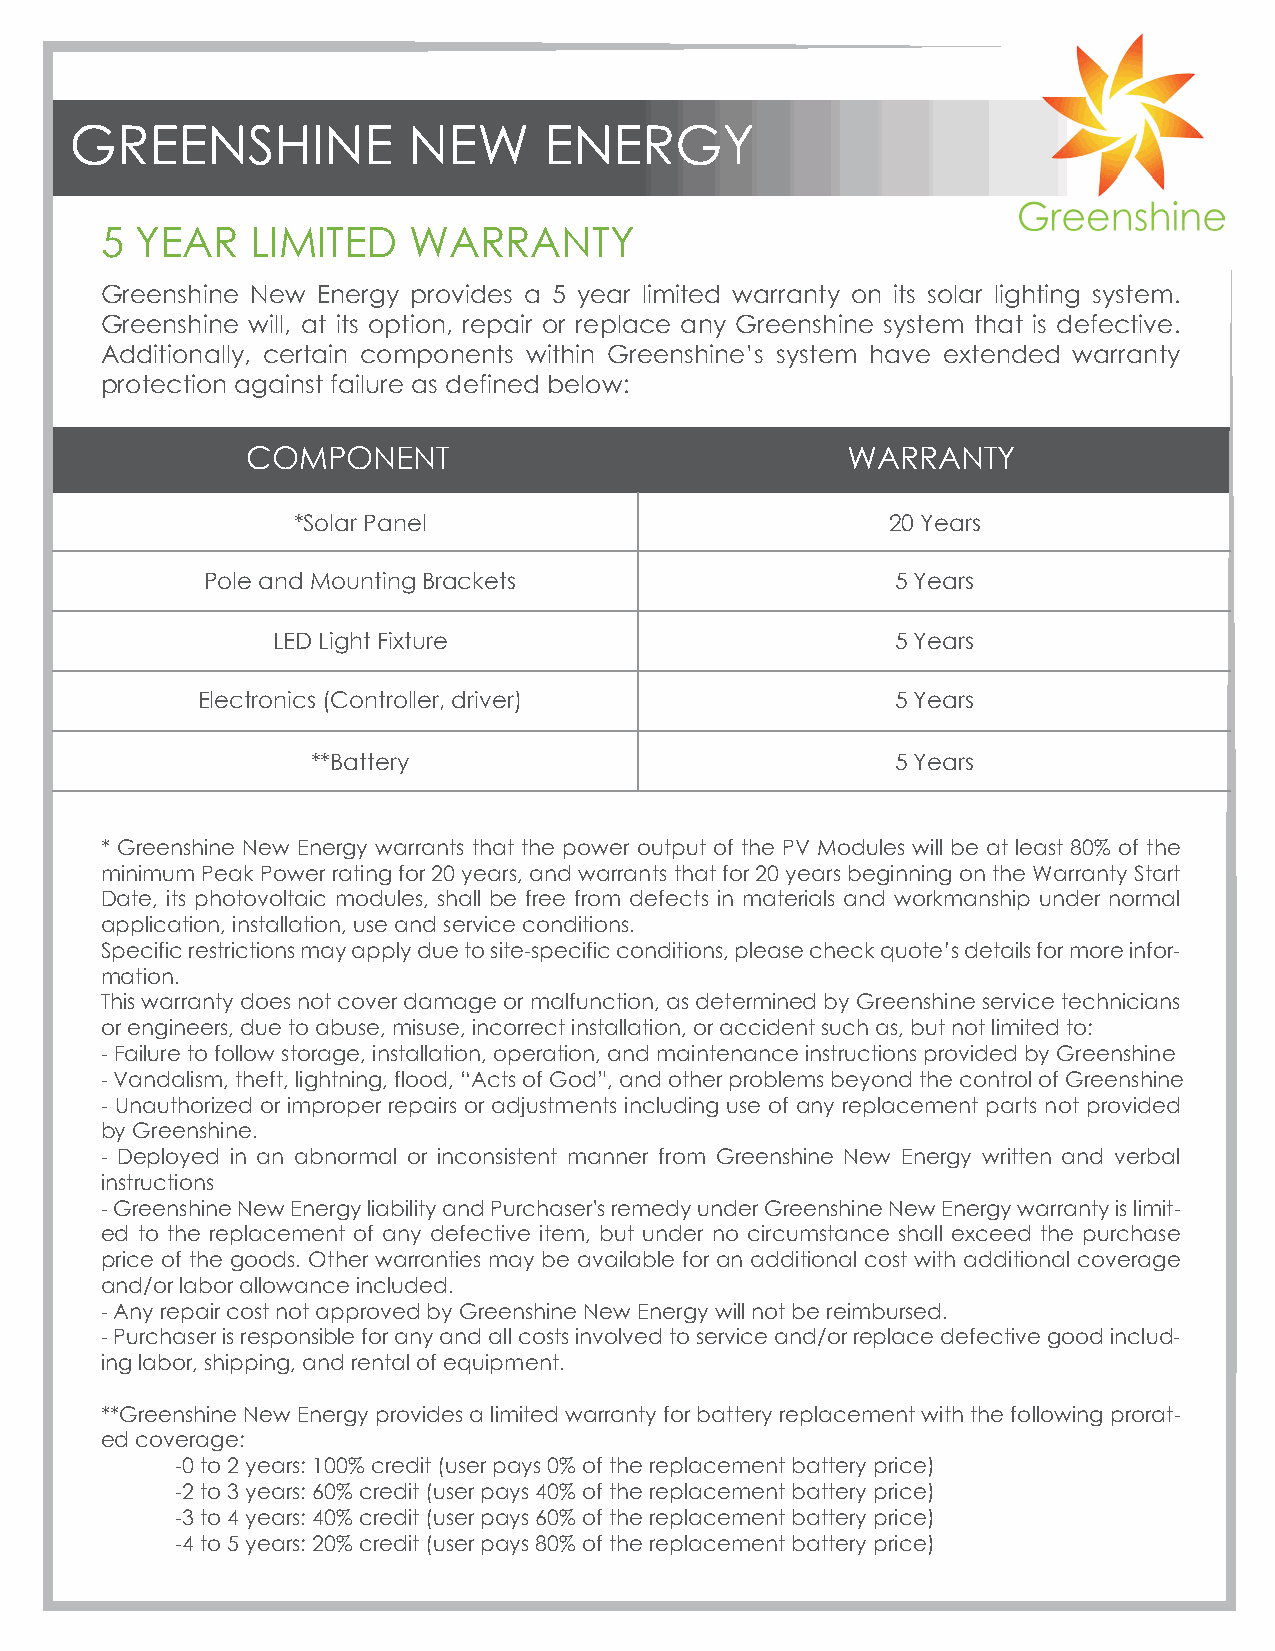
GREENSHINE            NEW      ENERGY
 5 YEAR    LIMITED   WARRANTY
 Greenshine New Energy provides a 5 year limited warranty on its solar lighting system.
 Greenshine will, at its option, repair or replace any Greenshine system that is defective.
 Additionally, certain components within Greenshine’s system have extended warranty
 protection against failure as defined below:
 COMPONENT                               WARRANTY
 *Solar Panel                            20 Years
 Pole and Mounting Brackets                   5 Years
 LED Light Fixture                        5 Years
 Electronics (Controller, driver)              5 Years
 **Battery                             5 Years
 * Greenshine New Energy warrants that the power output of the PV Modules will be at least 80% of the
 minimum Peak Power rating for 20 years, and warrants that for 20 years beginning on the Warranty Start
 Date, its photovoltaic modules, shall be free from defects in materials and workmanship under normal
 application, installation, use and service conditions.
 Specific restrictions may apply due to site-specific conditions, please check quote’s details for more infor-
 mation.
 This warranty does not cover damage or malfunction, as determined by Greenshine service technicians
 or engineers, due to abuse, misuse, incorrect installation, or accident such as, but not limited to:
 - Failure to follow storage, installation, operation, and maintenance instructions provided by Greenshine
 - Vandalism, theft, lightning, flood, “Acts of God”, and other problems beyond the control of Greenshine
 - Unauthorized or improper repairs or adjustments including use of any replacement parts not provided
 by Greenshine.
 - Deployed in an abnormal or inconsistent manner from Greenshine New Energy written and verbal
 instructions
 - Greenshine New Energy liability and Purchaser's remedy under Greenshine New Energy warranty is limit-
 ed to the replacement of any defective item, but under no circumstance shall exceed the purchase
 price of the goods. Other warranties may be available for an additional cost with additional coverage
 and/or labor allowance included.
 - Any repair cost not approved by Greenshine New Energy will not be reimbursed.
 - Purchaser is responsible for any and all costs involved to service and/or replace defective good includ-
 ing labor, shipping, and rental of equipment.
 **Greenshine New Energy provides a limited warranty for battery replacement with the following prorat-
 ed coverage:
 -0 to 2 years: 100% credit (user pays 0% of the replacement battery price)
 -2 to 3 years: 60% credit (user pays 40% of the replacement battery price)
 -3 to 4 years: 40% credit (user pays 60% of the replacement battery price)
 -4 to 5 years: 20% credit (user pays 80% of the replacement battery price)